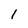
Character: l